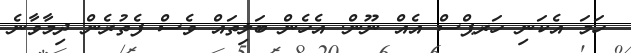
ހަމަ އެކަނި ހަރޕްސް އެއް ނޫން. އެހެން ބަލިތައް ވެސް ފެތުރެން ދިމާވާނެ